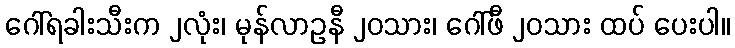
ဂေါ်ရခါးသီးက ၂လုံး၊ မုန်လာဥနီ ၂၀သား၊ ဂေါ်ဖီ ၂၀သား ထပ် ပေးပါ။